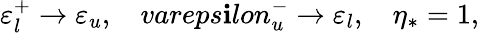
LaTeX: \varepsilon_{l}^{+}\rightarrow\varepsilon_{u},\ \ \ \, vareps\mathbf{i}lon_{u}^{-}\rightarrow\varepsilon_{l},\ \ \ \, \eta_{*}=1,